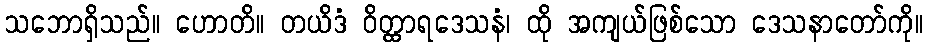
သဘောရှိသည်။ ဟောတိ။ တယိဒံ ဝိတ္ထာရဒေသနံ၊ ထို အကျယ်ဖြစ်သော ဒေသနာတော်ကို။